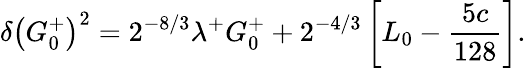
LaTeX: \delta\left(G_{0}^{+}\right)^{2}=2^{-8/3}\lambda^{+}G_{0}^{+}+2^{-4/3}\left[L_{0}-{\frac{5c}{128}}\right].